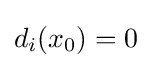
d_{i}(x_{0})=0